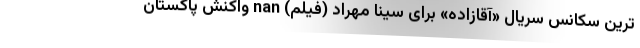
ترین سکانس سریال «آقازاده» برای سینا مهراد (فیلم) nan واکنش پاکستان